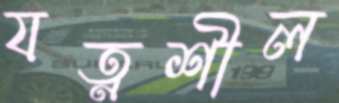
যত্নশীল